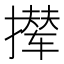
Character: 撵